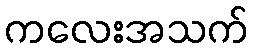
ကလေးအသက်